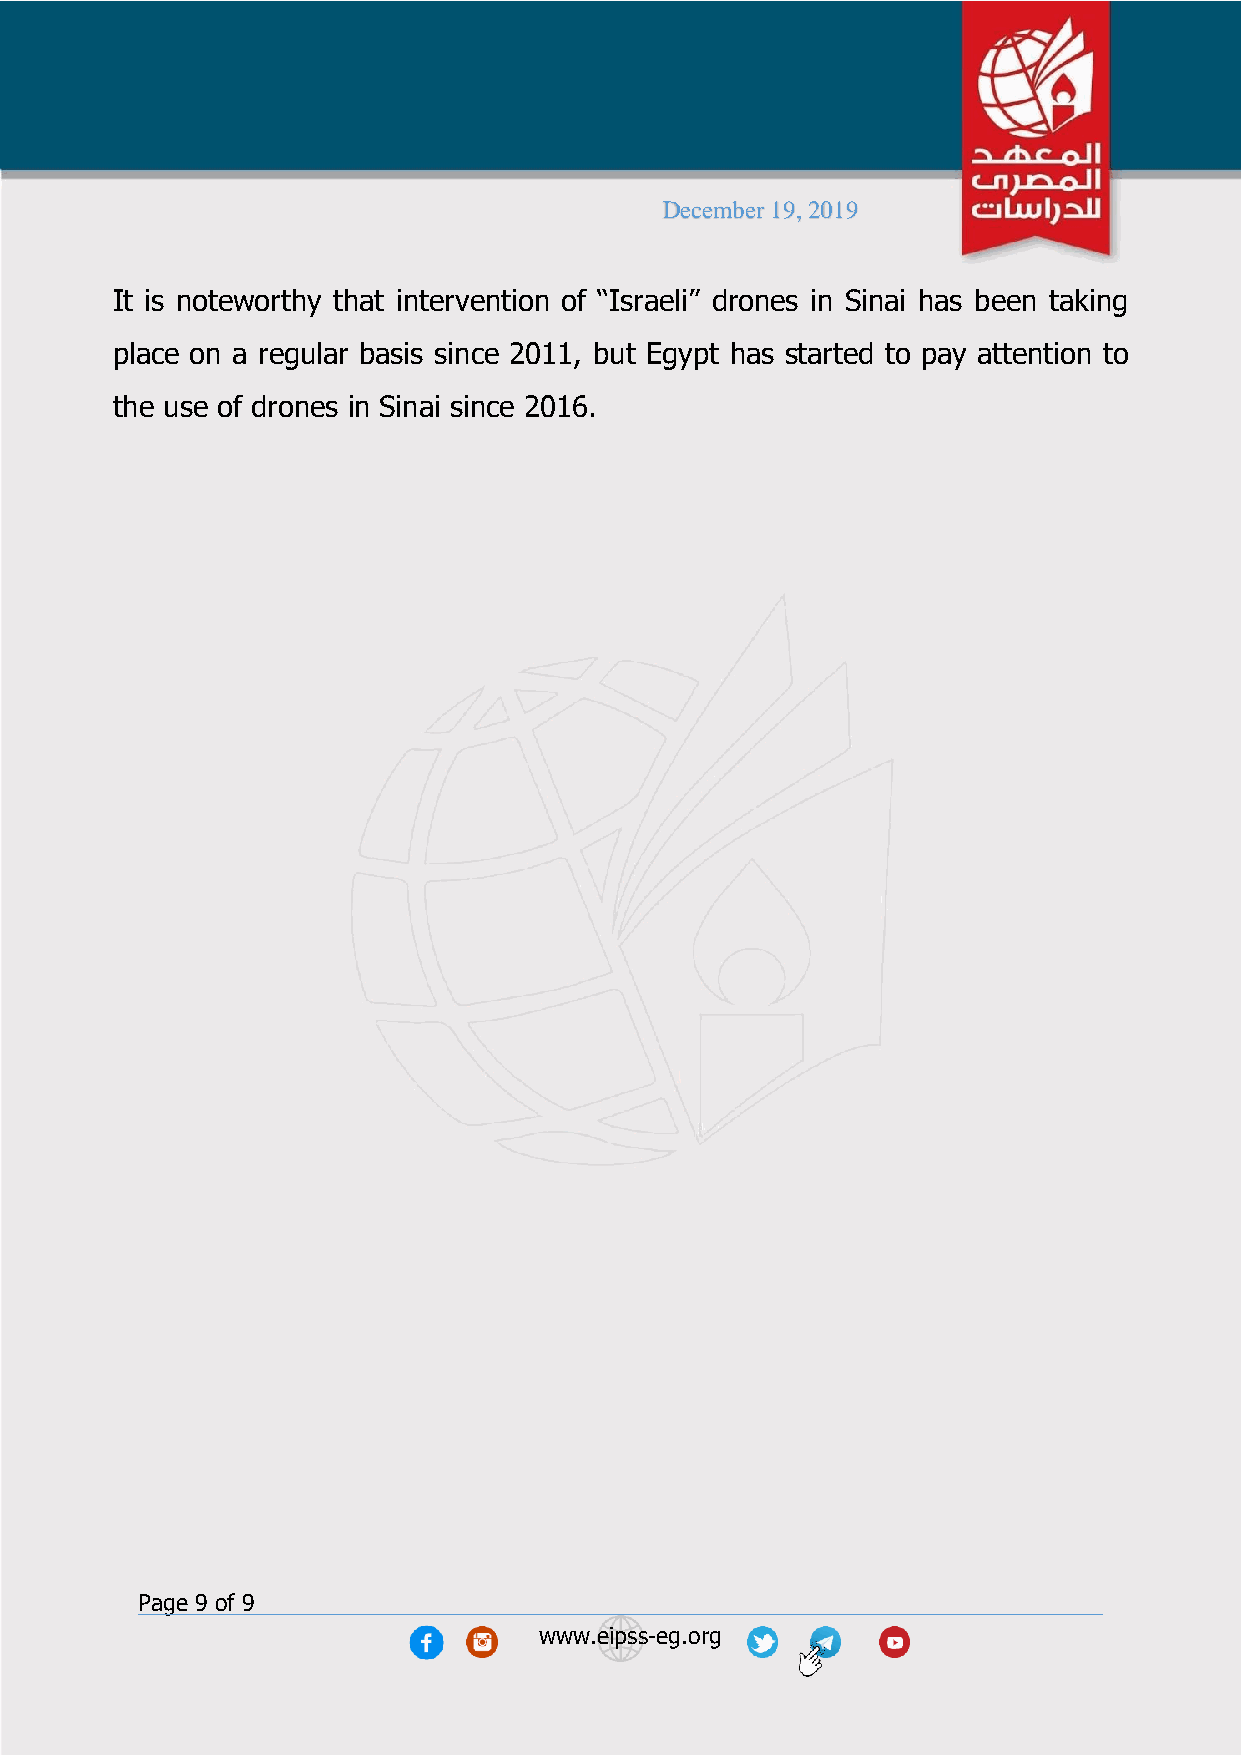
December 19, 2019
 It is noteworthy that intervention of “Israeli” drones in Sinai has been taking
 place on a regular basis since 2011, but Egypt has started to pay attention to
 the use of drones in Sinai since 2016.
 Page 9 of 9
 www.eipss-eg.org